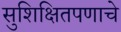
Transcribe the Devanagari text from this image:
सुशिक्षितपणाचे